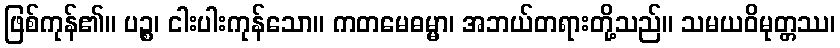
ဖြစ်ကုန်၏။ ပဉ္စ၊ ငါးပါးကုန်သော။ ကတမေဓမ္မာ၊ အဘယ်တရားတို့သည်။ သမယဝိမုတ္တဿ၊